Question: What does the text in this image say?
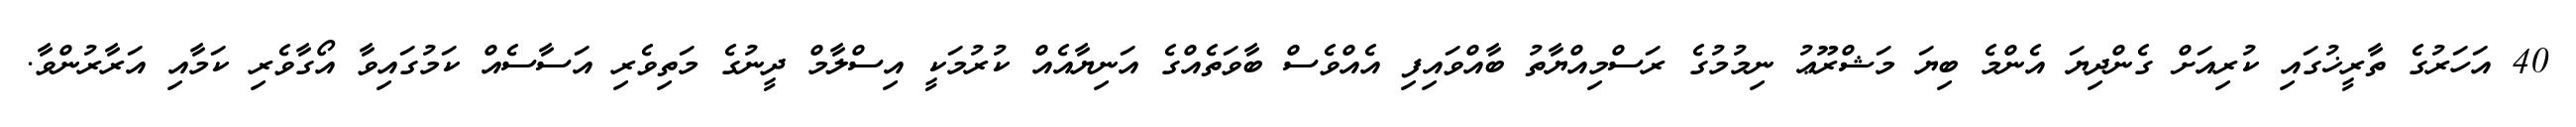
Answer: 40 އަހަރުގެ ތާރީޚުގައި ކުރިއަށް ގެންދިޔަ އެންމެ ބިޔަ މަޝްރޫޢު ނިމުމުގެ ރަސްމިއްޔާތު ބާއްވައިފި އެއްވެސް ބާވަތެއްގެ އަނިޔާއެއް ކުރުމަކީ އިސްލާމް ދީނުގެ މަތިވެރި އަސާސެއް ކަމުގައިވާ އޯގާވެރި ކަމާއި އަރާރުންވާ.